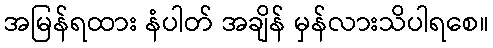
အမြန်ရထား နံပါတ် အချိန် မှန်လားသိပါရစေ။